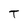
Character: T